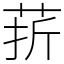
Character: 䓆